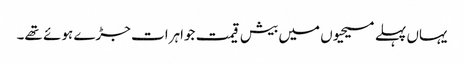
یہاں پہلے مسیحیوں میں بیش قیمت جواہرات جڑے ہوئے تھے۔